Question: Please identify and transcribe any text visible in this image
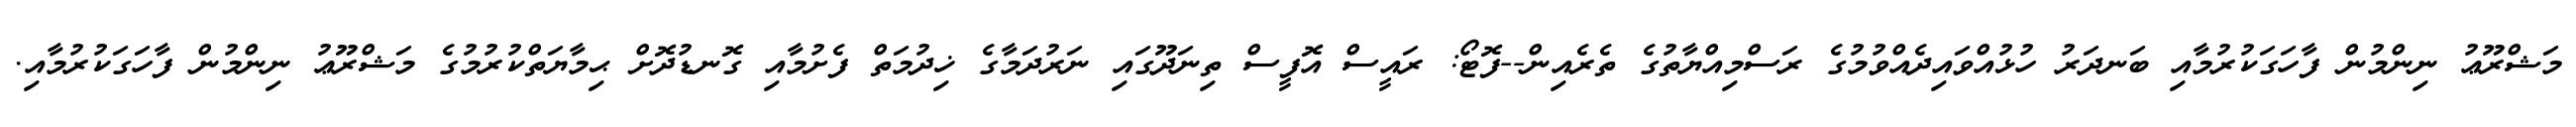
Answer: މަޝްރޫޢު ނިންމުން ފާހަގަކުރުމާއި ބަނދަރު ހުޅުއްވައިދެއްވުމުގެ ރަސްމިއްޔާތުގެ ތެރެއިން--ފޮޓޯ: ރައީސް އޮފީސް ތިނަދޫގައި ނަރުދަމާގެ ޚިދުމަތް ފެށުމާއި ގޮނޑުދޮށް ޙިމާޔަތްކުރުމުގެ މަޝްރޫޢު ނިންމުން ފާހަގަކުރުމާއި.